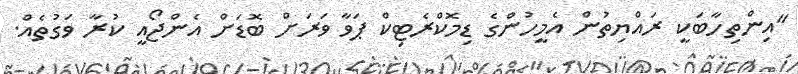
"އިންތިހާބަކީ ރައްޔިތުން އެމީހުންގެ ޑިމޮކްރެޓިކް ޕަވާ ވަރަށް ބޮޑަށް އެންޖޯއީ ކުރާ ވަގުތެއް.